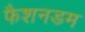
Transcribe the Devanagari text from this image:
फैशनडम